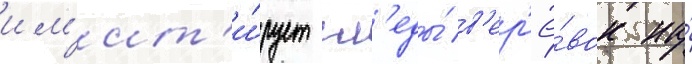
им'ит'и́рует сл'еды́ в'ер'ё́вок на́